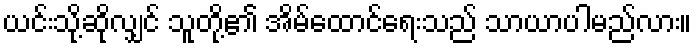
ယင်းသို့ဆိုလျှင် သူတို့၏ အိမ်ထောင်ရေးသည် သာယာပါမည်လား။